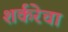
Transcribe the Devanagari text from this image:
शर्करेचा